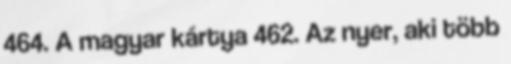
464. A magyar kártya 462. Az nyer, aki több